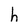
Character: h